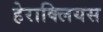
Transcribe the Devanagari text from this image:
हेराक्लियस